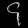
Digit: ၄